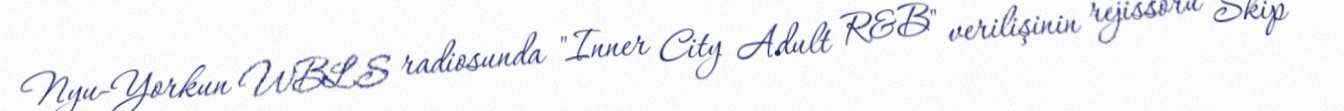
Nyu-Yorkun WBLS radiosunda "Inner City Adult R&B" verilişinin rejissoru Skip